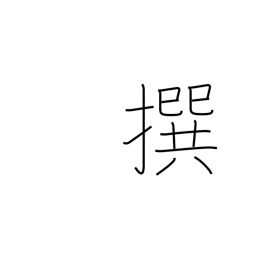
Meaning: selecting